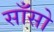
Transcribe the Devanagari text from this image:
साँसो